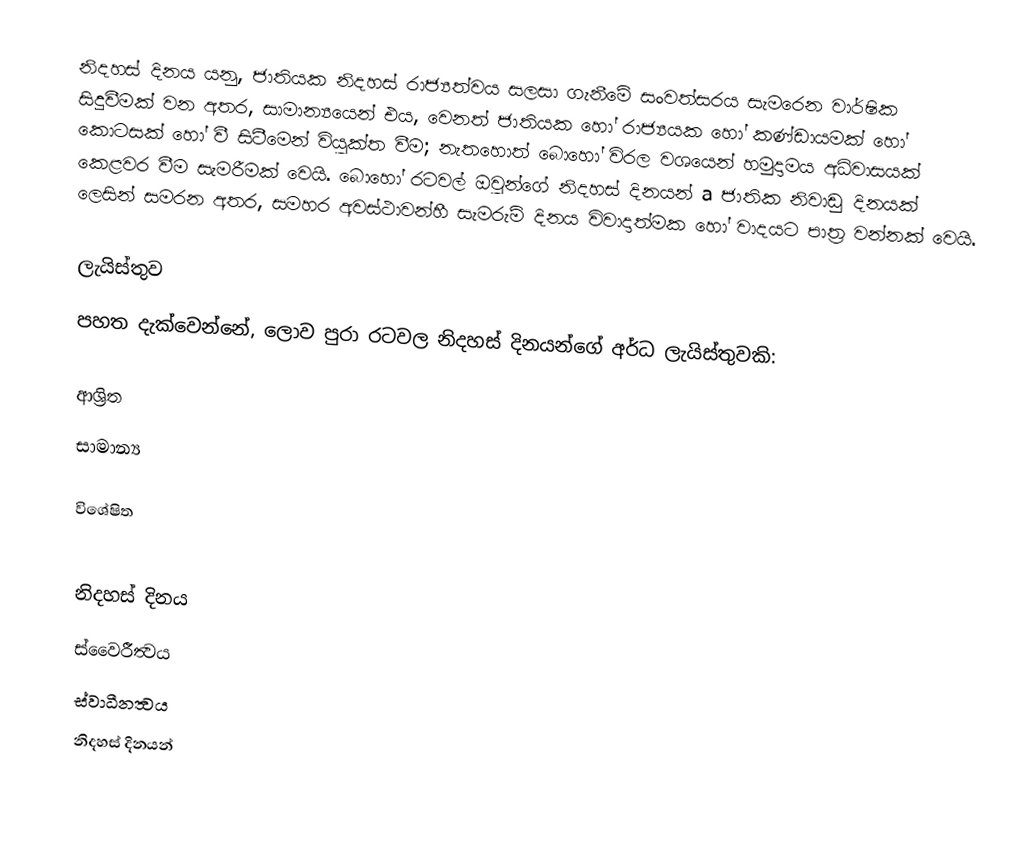
නිදහස් දිනය යනු, ජාතියක නිදහස් රාජ්‍යත්වය සලසා ගැනීමේ සංවත්සරය සැමරෙන වාර්ෂික සිදුවීමක් වන අතර, සාමාන්‍යයෙන් එය, වෙනත් ජාතියක හෝ රාජ්‍යයක හෝ කණ්ඩායමක් හෝ කොටසක් හෝ වී සිටීමෙන් වියුක්ත වීම; නැතහොත් බොහෝ විරල වශයෙන් හමුදාමය අධිවාසයක් කෙළවර වීම සැමරීමක් වෙයි. බොහෝ රටවල් ඔවුන්ගේ නිදහස් දිනයන් a ජාතික නිවාඩු දිනයක් ලෙසින් සමරන අතර, සමහර අවස්ථාවන්හී සැමරුම් දිනය විවාදාත්මක හෝ වාදයට පාත්‍ර වන්නක් වෙයි.

ලැයිස්තුව
පහත දැක්වෙන්නේ, ලොව පුරා රටවල නිදහස් දිනයන්ගේ අර්ධ ලැයිස්තුවකි:

ආශ්‍රිත
සාමාන්‍ය

විශේෂිත

නිදහස් දිනය
ස්වෛරීත්‍වය
ස්‍වාධීනත්‍වය
නිදහස් දිනයන්